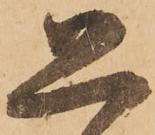
恐